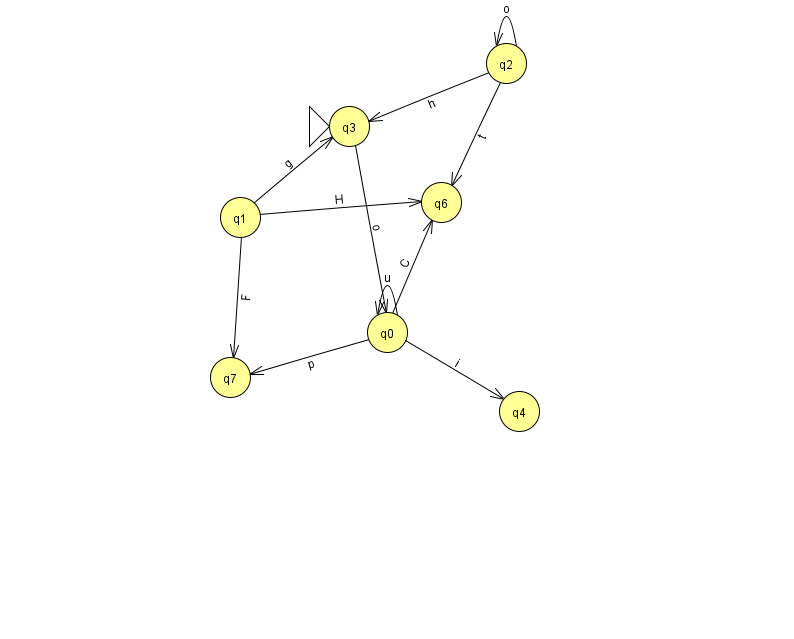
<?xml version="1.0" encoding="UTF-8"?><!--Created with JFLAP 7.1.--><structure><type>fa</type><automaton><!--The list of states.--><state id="0" name="q0"><x>387.0</x><y>319.0</y></state><state id="1" name="q1"><x>240.0</x><y>204.0</y></state><state id="2" name="q2"><x>506.0</x><y>50.0</y></state><state id="3" name="q3"><x>349.0</x><y>113.0</y><initial/></state><state id="4" name="q4"><x>519.0</x><y>398.0</y></state><state id="6" name="q6"><x>441.0</x><y>189.0</y></state><state id="7" name="q7"><x>230.0</x><y>364.0</y></state><!--The list of transitions.--><transition><from>2</from><to>3</to><read>h</read></transition><transition><from>2</from><to>6</to><read>t</read></transition><transition><from>0</from><to>0</to><read>u</read></transition><transition><from>0</from><to>4</to><read>i</read></transition><transition><from>1</from><to>6</to><read>H</read></transition><transition><from>1</from><to>3</to><read>g</read></transition><transition><from>0</from><to>7</to><read>p</read></transition><transition><from>1</from><to>7</to><read>F</read></transition><transition><from>0</from><to>6</to><read>C</read></transition><transition><from>3</from><to>0</to><read>o</read></transition><transition><from>2</from><to>2</to><read>o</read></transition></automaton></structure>